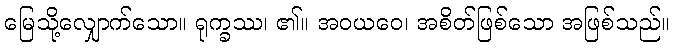
မြေသို့လျှောက်သော။ ရုက္ခဿ၊ ၏။ အဝယဝေ၊ အစိတ်ဖြစ်သော အဖြစ်သည်။